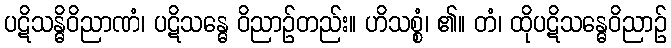
ပဋိသန္ဓိဝိညာဏံ၊ ပဋိသန္ဓေ ဝိညာဉ်တည်း။ ဟိသစ္စံ၊ ၏။ တံ၊ ထိုပဋိသန္ဓေဝိညာဉ်